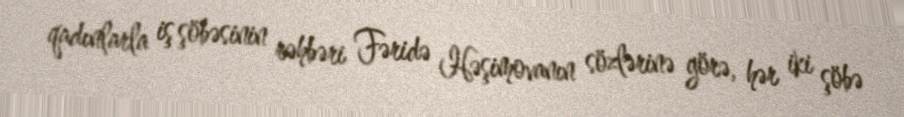
qadınlarla iş şöbəsinin rəhbəri Fəridə Həşimovanın sözlərinə görə, hər iki şöbə